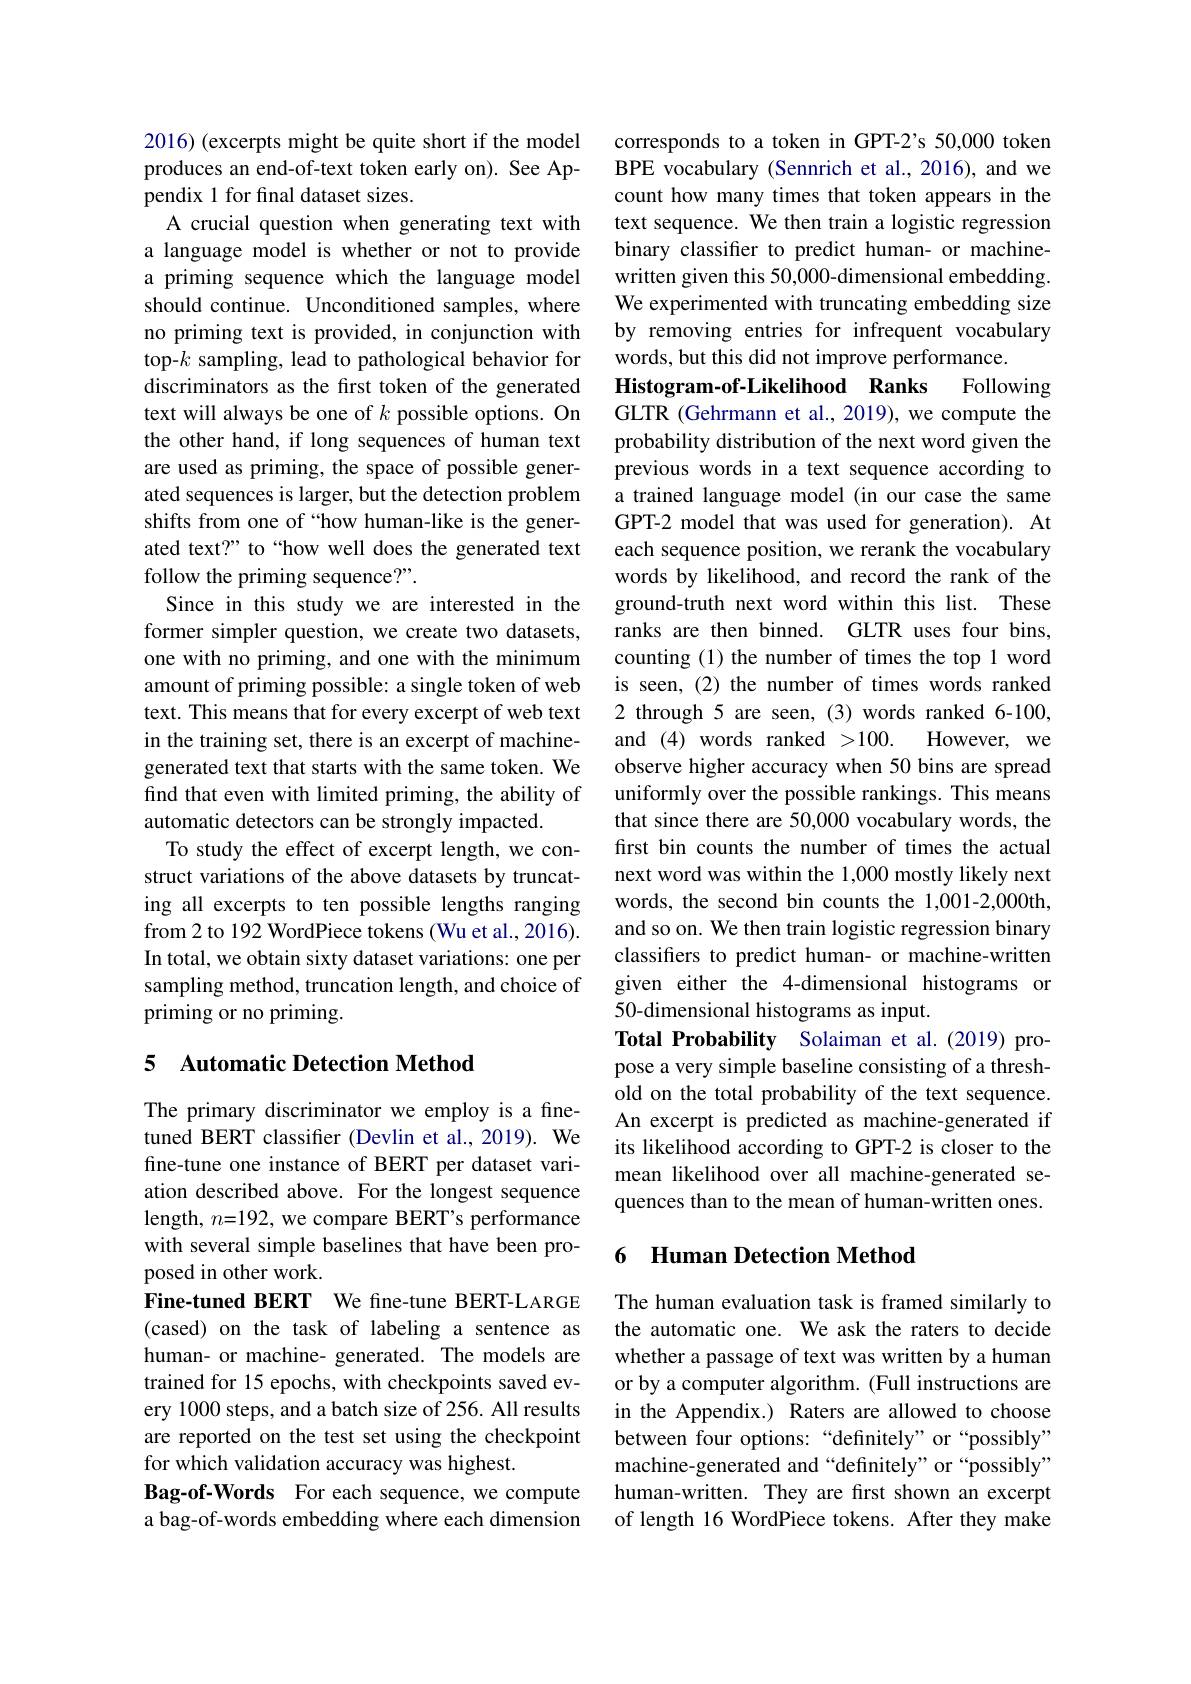
2016) (excerpts might be quite short if the model produces an end-of-text token early on). See Appendix 1 for final dataset sizes.
A crucial question when generating text with a language model is whether or not to provide a priming sequence which the language model should continue. Unconditioned samples, where no priming text is provided, in conjunction with top-$k$ sampling, lead to pathological behavior for discriminators as the first token of the generated text will always be one of $k$ possible options. On the other hand, if long sequences of human text are used as priming, the space of possible generated sequences is larger, but the detection problem shifts from one of “how human-like is the generated text?" to“how well does the generated text follow the priming sequence?"
Since in this study we are interested in the former simpler question, we create two datasets, one with no priming, and one with the minimum amount of priming possible: a single token of web text. This means that for every excerpt of web text in the training set, there is an excerpt of machinegenerated text that starts with the same token. We find that even with limited priming, the ability of automatic detectors can be strongly impacted.
To study the effect of excerpt length, we construct variations of the above datasets by truncating all excerpts to ten possible lengths ranging from 2 to 192 WordPiece tokens (Wu et al., 2016). In total, we obtain sixty dataset variations: one per sampling method, truncation length, and choice of priming or no priming.

## 5 Automatic Detection Method

The primary discriminator we employ is a finetuned BERT classifer (Devlin et al., 2019). We fine-tune one instance of BERT per dataset variation described above. For the longest sequence length, $n=192$, we compare BERT's performance with several simple baselines that have been proposed in other work.
Fine-tuned BERT We fine-tune BERT-LARGE (cased) on the task of labeling a sentence as human- or machine- generated. The models are trained for 15 epochs, with checkpoints saved every 1000 steps, and a batch size of 256. All results are reported on the test set using the checkpoint for which validation accuracy was highest.
Bag-of-Words For each sequence, we compute a bag-of-words embedding where each dimension

corresponds to a token in GPT-2's 50,000 token BPE vocabulary (Sennrich et al., 2016), and we count how many times that token appearsin the text sequence. We then train a logistic regression binary classifier to predict human- or machinewritten given this 50,000-dimensional embedding. We experimented with truncating embedding size by removing entries for infrequent vocabulary words, but this did not improve performance.
Following
Histogram-of-Likelihood Ranks
GLTR (Gehrmann et al., 2019), we compute the probability distribution of the next word given the previous words in a text sequence according to a trained language model (in our case the same GPT-2 model that was used for generation). At each sequence position, we rerank the vocabulary words by likelihood, and record the rank of the ground-truth next word within this list. These ranks are then binned. GLTR uses four bins, counting (1) the number of times the top 1 word is seen, (2) the number of times words ranked 2 through 5 are seen, (3) words ranked 6-100, and (4) words ranked >100. However, we observe higher accuracy when 50 bins are spread uniformly over the possible rankings. This means that since there are 50,000 vocabulary words, the first bin counts the number of times the actual next word was within the 1,000 mostly likely next words, the second bin counts the 1,001-2,000th, and so on. We then train logistic regression binary classifers to predict human- or machine-written given either the 4-dimensional histograms or 50-dimensional histograms as input.
Total Probability Solaiman et al.(2019) propose a very simple baseline consisting of a threshold on the total probability of the text sequence. An excerpt is predicted as machine-generated if its likelihood according to GPT-2 is closer to the mean likelihood over all machine-generated sequences than to the mean of human-written ones.

## 6 Human Detection Method

The human evaluation task is framed similarly to the automatic one. We ask the raters to decide whether a passage of text was written by a human or by a computer algorithm. (Full instructions are in the Appendix.) Raters are allowed to choose between four options: “definitely”or“possibly” machine-generated and “definitely” or “possibly” human-written. They are first shown an excerpt of length 16 WordPiece tokens. After they make